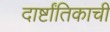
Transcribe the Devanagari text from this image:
दार्ष्टांतिकाची